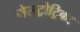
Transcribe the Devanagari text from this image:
गेसट्रोट्रिका